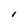
Character: l